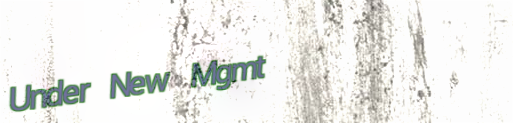
Under New Mgmt